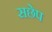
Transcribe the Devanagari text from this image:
सछेप